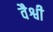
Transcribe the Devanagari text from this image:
वैश्वी